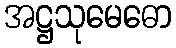
အဋ္ဌသုမေဓော